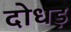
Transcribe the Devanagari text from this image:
दोधड़